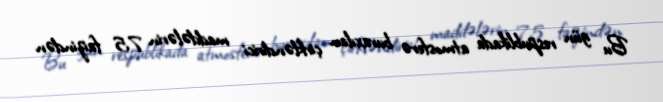
Bu gün respublikada atmosferə buraxılan çirkləndirici maddələrin 75 faizindən